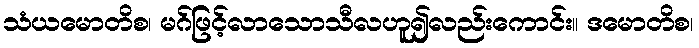
သံယမောတိစ၊ မဂ်ဖြင့်လာသောသီလဟူ၍လည်းကောင်း။ ဒမောတိစ၊